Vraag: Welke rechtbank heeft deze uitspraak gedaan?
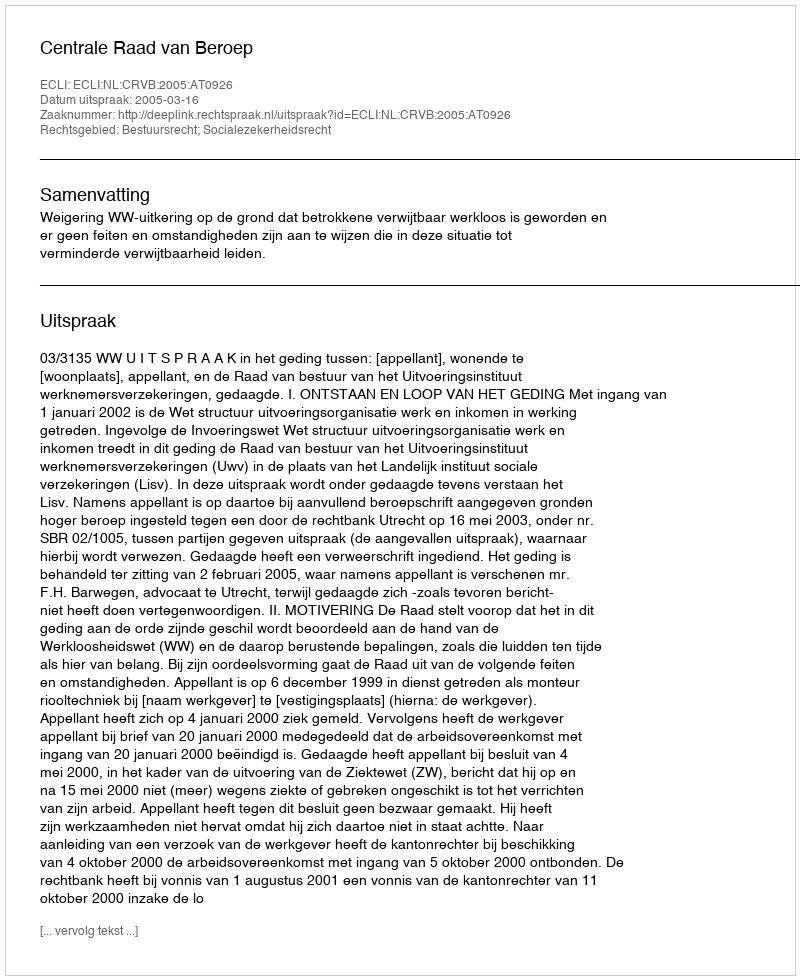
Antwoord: Centrale Raad van Beroep